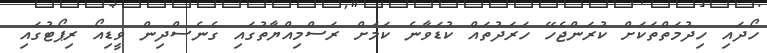
ހޯދައި ހިދުމަތްތަކަށް ކުރަންޖެހޭ ހަރަދުތައް ކުޑަވާނެ ކަމަށް ރަސްމިއްޔާތުގައި ގެނެސްދިން ވީޑިއޯ ރިޕޯޓުގައި